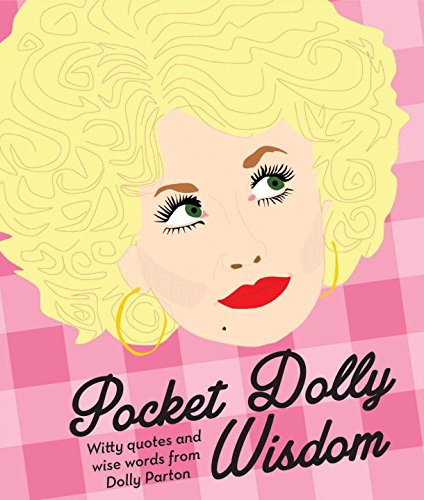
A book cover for Pocket Dolly Wisdom: Witty Quotes and Wise Words from Dolly Parton; Humor & Entertainment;